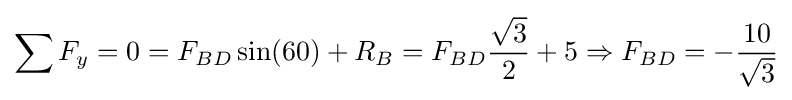
\sum F_{y}=0=F_{BD}\sin(60)+R_{B}=F_{BD}{\frac {\sqrt {3}}{2}}+5\Rightarrow F_{BD}=-{\frac {10}{\sqrt {3}}}